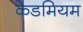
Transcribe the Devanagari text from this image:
केडमियम